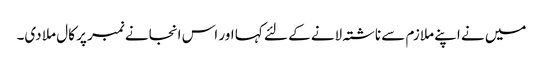
میں نے اپنے ملازم سے ناشتہ لانے کے لئے کہا اور اس انجانے نمبر پر کال ملا دی۔